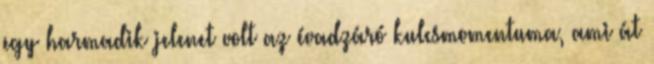
egy harmadik jelenet volt az évadzáró kulcsmomentuma, ami át